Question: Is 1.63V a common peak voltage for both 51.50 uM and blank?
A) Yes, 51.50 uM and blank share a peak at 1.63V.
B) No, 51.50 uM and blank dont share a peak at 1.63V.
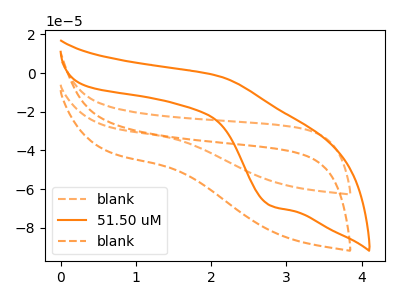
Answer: <think>The orange dashed curve "blank" has no peaks. The orange curve "51.50 uM" has an anodic peak at (2.10V, -1.50uA) and a cathodic peak at (2.80V, -68.50uA). The orange dashed curve "blank" has no peaks.</think>
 <answer>B) No, "51.50 uM" and "blank" dont share a peak at 1.63V.</answer>
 <eval>B</eval>